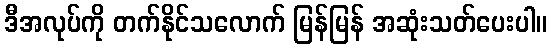
ဒီအလုပ်ကို တက်နိုင်သလောက် မြန်မြန် အဆုံးသတ်ပေးပါ။